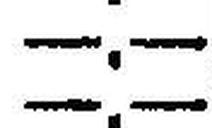
—.—